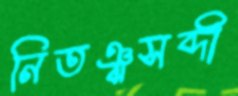
নিতঞ্ঝসব্দী